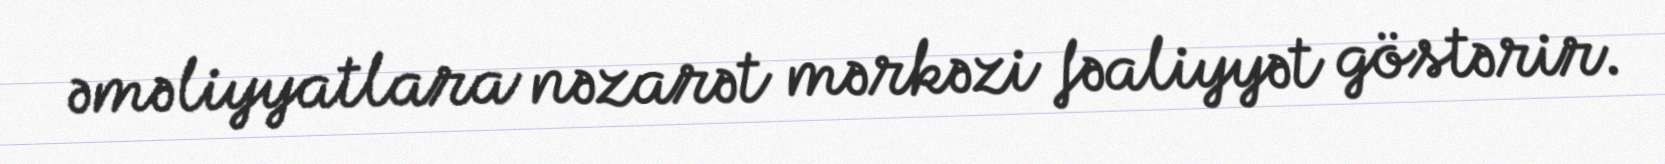
əməliyyatlara nəzarət mərkəzi fəaliyyət göstərir.